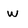
Character: w